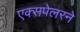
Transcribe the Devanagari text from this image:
एक्सपेलरने